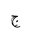
Letter: _gim